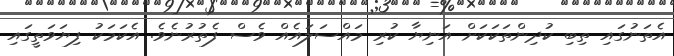
އެތަނުގައި ތިބި ކުދިންތަކަކަށް އަނިޔާ ކުރި މައްސަލައެއް ވެސް ފެތުރުނެވެ. އެކަމަކު ފިޔަވަތީގައި